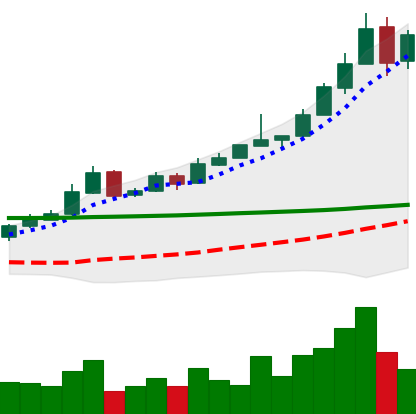
Ticker: BTC-USD
Chart end date: 2015-11-01
Forward return: 15.069%
Label: up_7plus